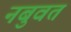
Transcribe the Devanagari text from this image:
नबुवत